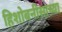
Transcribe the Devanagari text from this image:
हिशोबनीसाच्या